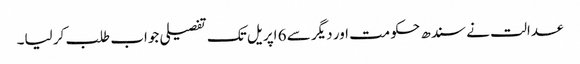
عدالت نے سندھ حکومت اور دیگر سے 6 اپریل تک تفصیلی جواب طلب کر لیا۔